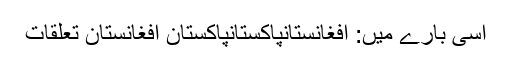
اسی بارے میں: افغانستانپاکستانپاکستان افغانستان تعلقات